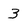
Character: 3